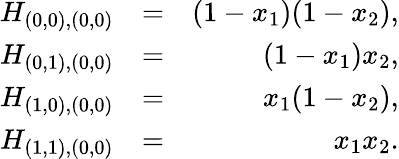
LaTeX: \begin{array}{rlr}{H_{(0,0),(0,0)}}&{=}&{(1-x_{1})(1-x_{2}),}\\ {H_{(0,1),(0,0)}}&{=}&{(1-x_{1})x_{2},}\\ {H_{(1,0),(0,0)}}&{=}&{x_{1}(1-x_{2}),}\\ {H_{(1,1),(0,0)}}&{=}&{x_{1}x_{2}.}\end{array}